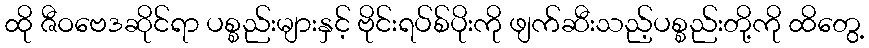
ထို ဇီဝဗေဒဆိုင်ရာ ပစ္စည်းများနှင့် ဗိုင်းရပ်စ်ပိုးကို ဖျက်ဆီးသည့်ပစ္စည်းတို့ကို ထိတွေ့